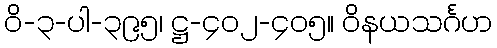
ဝိ-၃-ပါ-၃၉၅၊ ဋ္ဌ-၄၀၂-၄၀၅။ ဝိနယသင်္ဂဟ